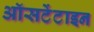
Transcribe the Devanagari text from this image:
ऑसटेंटाइन